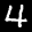
Label: 4